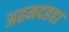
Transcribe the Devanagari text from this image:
अहमदहहा